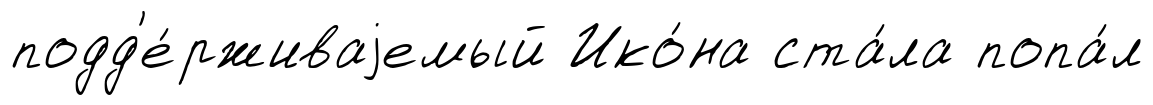
подд'е́рживаjемый Ико́на ста́ла попа́л